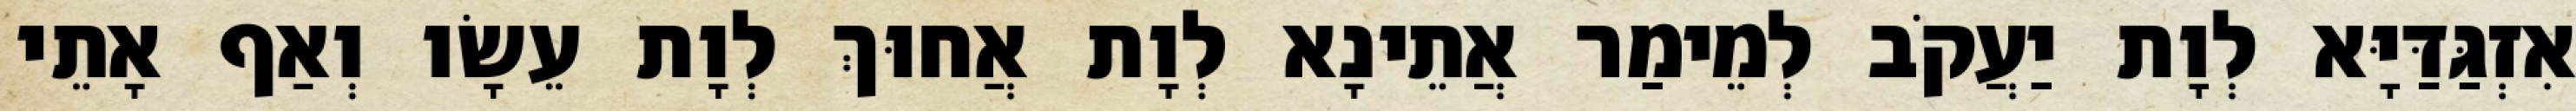
אִזְגַּדַּיָּא לְוָת יַעֲקֹב לְמֵימַר אֲתֵינָא לְוָת אֲחוּךְ לְוָת עֵשָׂו וְאַף אָתֵי